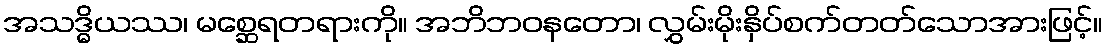
အသဒ္ဓိယဿ၊ မစ္ဆေရတရားကို။ အဘိဘဝနတော၊ လွှမ်းမိုးနှိပ်စက်တတ်သောအားဖြင့်။